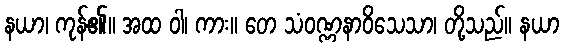
နယာ၊ ကုန်၏။ အထ ဝါ၊ ကား။ တေ သံဝဏ္ဏနာဝိသေသာ၊ တို့သည်။ နယာ